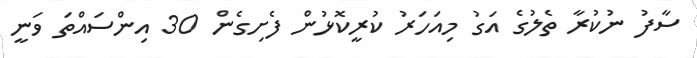
ސާފު ނުކުރާ ތެލުގެ އަގު މިއަހަރު ކުރީކޮޅުން ފެށިގެން 30 އިންސައްތަ ވަނީ